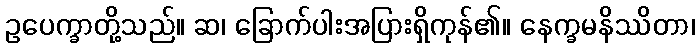
ဥပေက္ခာတို့သည်။ ဆ၊ ခြောက်ပါးအပြားရှိကုန်၏။ နေက္ခမနိဿိတာ၊